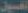
حسين